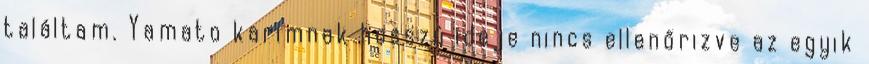
találtam. Yamato karimnak hosszú ideje nincs ellenőrizve az egyik